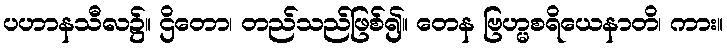
ပဟာနသီလ၌။ ဌိတော၊ တည်သည်ဖြစ်၍။ တေန ဗြဟ္မစရိယေနာတိ၊ ကား။